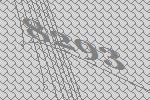
8293